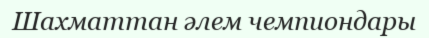
Шахматтан әлем чемпиондары